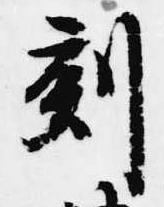
刻